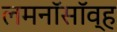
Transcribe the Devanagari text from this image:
लमनॉसॉव्ह